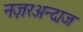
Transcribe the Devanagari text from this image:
नज़रअन्दाज